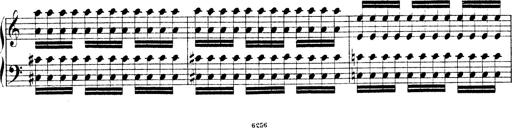
Title: Technische Studien
Composer: Franz Liszt